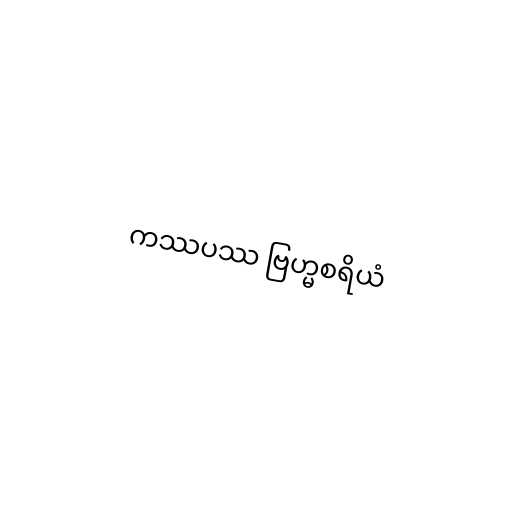
ကဿပဿ ဗြဟ္မစရိယံ